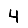
Digit: 4